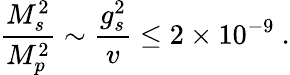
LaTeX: {\frac{M_{s}^{2}}{M_{p}^{2}}}\sim{\frac{g_{s}^{2}}{v}}\leq 2\times 10^{-9}\ .